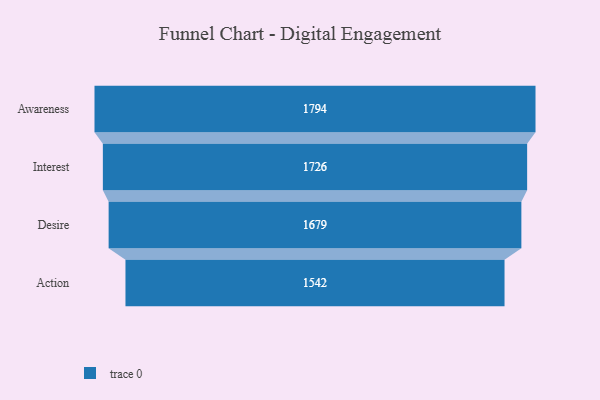
{"axis": {"x": "Stage", "y": "Value"}, "legend": [""], "data": [{"x": "Awareness", "y": 1794.0, "type": ""}, {"x": "Interest", "y": 1726.0, "type": ""}, {"x": "Desire", "y": 1679.0, "type": ""}, {"x": "Action", "y": 1542.0, "type": ""}]}